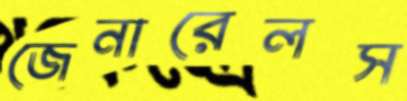
জেনারেলস